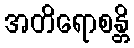
အတိရောစန္တိ